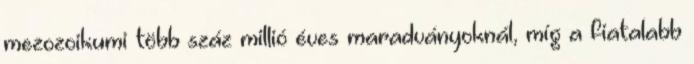
mezozoikumi több száz millió éves maradványoknál, míg a fiatalabb